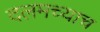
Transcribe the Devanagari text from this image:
दलमच्याच